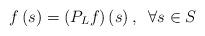
LaTeX: \begin{align*}f\left(s\right)=\left(P_{L}f\right)\left(s\right),\;\;\forall s\in S\end{align*}